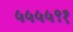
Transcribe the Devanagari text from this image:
५५५५९१